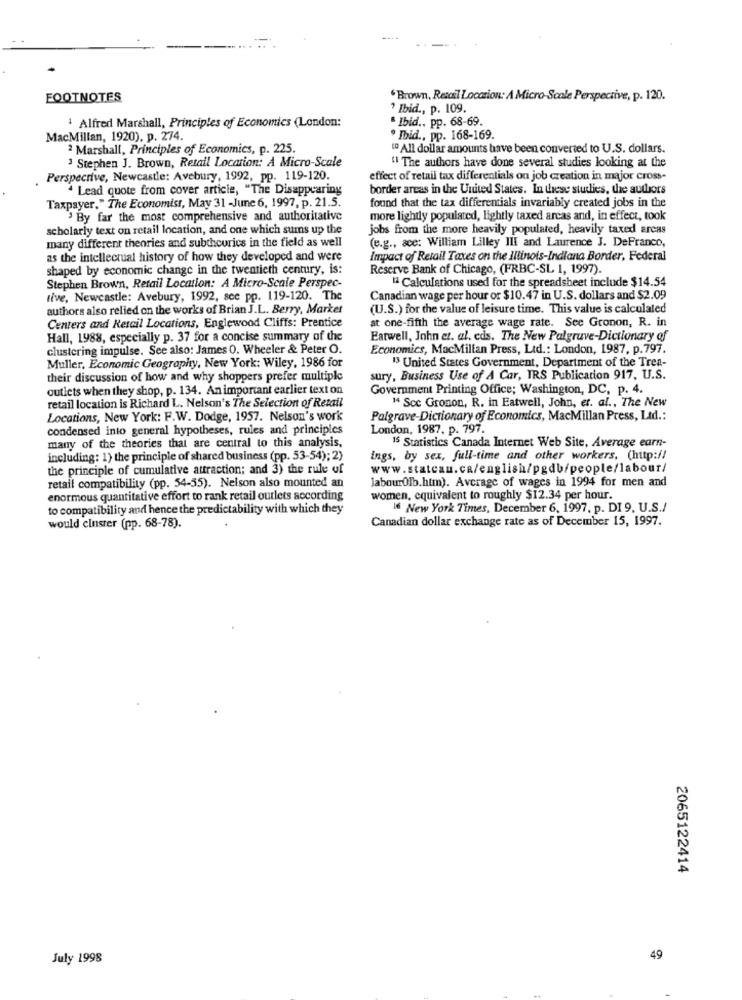
FOOTNOTES
Brown, Retail Location: A Micro-Scale Perspective, p. 120.
? Ibid ., p. 109.
Alfred Marshall, Principles of Economics (London:
Ibid ., pp. 68-69.
MacMillan, 1920), p. 274.
Ibid ., pp. 168-169.
2 Marshall, Principles of Economics, p. 225.
" All dollar amounts have been converted to U.S. dollars.
3 Stephen J. Brown, Retail Location: A Micro-Scale
"1 The authors have done several studies looking at the
Perspective, Newcastle: Avebury, 1992, pp. 119-120.
effect of retail tax differentials on job creation in major Cross-
Lead quote from cover article, "The Disappearing
border areas in the United States. In these studies, the authors
Taxpayer." The Economist, May 31 -June 6, 1997, p. 21.5.
found that the tax differentials invariably created jobs in the
By far the most comprehensive and authoritative
more lightly populated, lightly taxed arcas and, in effect, took
scholarly text on retail location, and one which sums up the
jobs from the more heavily populated, heavily taxed areas
many different theories and subtheories in the field as well
(e.g ., ace: William Lilley III and Laurence J. DeFrance,
as the intellectual history of how they developed and were
Impact of Retail Taxes on the Illinois-Indiana Border, Federal
shaped by economic change in the twentieth century, is:
Reserve Bank of Chicago, (FRBC-SL 1, 1997).
Stephen Brown, Retail Location: A Micro-Scale Perspec-
"a Calculations used for the spreadsheet include $14.54
tive, Newcastle: Avebury, 1992, see pp. 119-120. The
Canadian wage per hour or $10.47 in U.S. dollars and $2.09
authors also relied on the works of Brian J.L. Berry, Market
(U.S.) for the value of leisure time. This value is calculated
Centers and Retail Locations, Englewood Cliffs: Prentice
at one-fifth the average wage rate. See Gronon, R. in
Hall, 1988, especially p. 37 for a concise summary of the
Eatwell, John et. al. eds. The New Palgruve-Dictionary of
clustering impulse. See also: James O. Wheeler & Peter O.
Economics, MacMillan Press, Ltd .: London, 1987, p.797.
Muller, Economic Geography, New York: Wiley, 1986 for
13 United States Government, Department of the Trea-
their discussion of how and why shoppers prefer multiple
sury, Business Use of A Car, IRS Publication 917, U.S.
outlets when they shop, p. 134. An important earlier text on
Government Printing Office; Washington, DC, p. 4.
" Scc Groson, R. in Eatwell, John, et. al ., The New
retail location is Richard L. Nelson's The Selection of Retail
Locations, New York: F.W. Dodge, 1957. Nelson's work
Palgrave-Dictionary of Economics, MacMillan Press, Lad .:
condensed into general hypotheses, rules and principles
London, 1987. p. 797.
many of the theories that are central to this analysis.
15 Statistics Canada Internet Web Site, Average earn-
including: 1) the principle of shared business (pp. 53-54); 2)
Ings, by sex, full-time and other workers, (http://
the principle of cumulative attraction; and 3) the rule of
www.statcau.ca/english/pgdb/people/labour/
labourOlb.htm). Average of wages in 1994 for men and
retail compatibility (pp. 54-55). Nelson also mounted an
enormous quantitative effort to rank retail outlets according
women, equivalent to roughly $12.34 per hour.
to compatibility and hence the predictability with which they
16 New York Times, December 6, 1997. p. DI 9, U.S./
Canadian dollar exchange rate as of December 15, 1997.
would cluster (pp. 68-78).
2065122414
July 1998
49